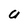
Character: Q